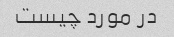
در مورد چیست